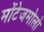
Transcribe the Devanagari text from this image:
मोंटेजमोलो